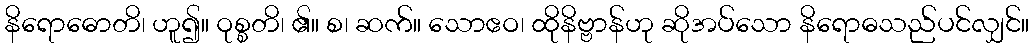
နိရောဓောတိ၊ ဟူ၍။ ဝုစ္စတိ၊ ၏။ စ၊ ဆက်။ သောဧဝ၊ ထိုနိဗ္ဗာန်ဟု ဆိုအပ်သော နိရောဓသည်ပင်လျှင်။